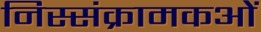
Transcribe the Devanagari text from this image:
निस्संक्रामकओं